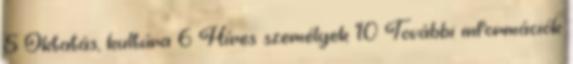
5 Oktatás, kultúra 6 Híres személyek 10 További információk